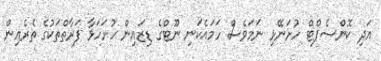
އަދި ކޮންސެޕްޓް ހުށަނޭޅި ނަމަވެސް ހަމައެކަނި ނޫޓްގެ ޑިޒައިން ހުށަހަޅާ ފަރާތްތަކުގެ ތެރެއިން